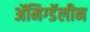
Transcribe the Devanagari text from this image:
ॲमिग्डॅलीन